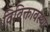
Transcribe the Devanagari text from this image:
विविक्तावस्था